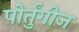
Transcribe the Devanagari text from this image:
पोर्तुंगीज